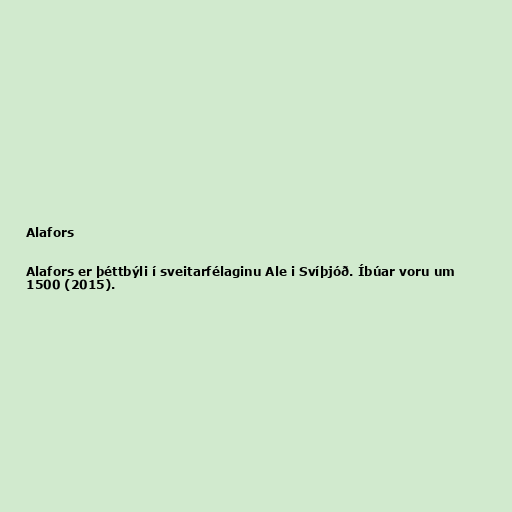
Alafors

Alafors er þéttbýli í sveitarfélaginu Ale i Svíþjóð. Íbúar voru um
1500 (2015).